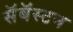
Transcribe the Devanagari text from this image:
सॅबॅस्टन